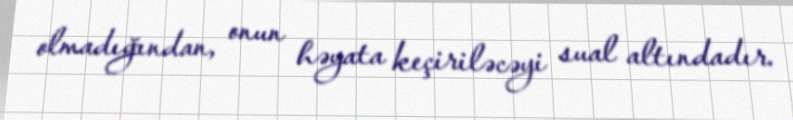
olmadığından, onun həyata keçiriləcəyi sual altındadır.